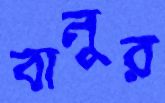
বানুর